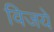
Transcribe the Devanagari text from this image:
विजये